system: You are a helpful assistant.
user:
Analyze the provided spectrum to determine if it is a **"Cataclysmic Variables (CV)"**.

- **Key Indicators for CV (Check for either state):**
    - **State 1: Quiescent / Low-State (Emission-Dominated)**
        - **(Primary):** Strong and *very broad* Hydrogen Balmer emission lines (e.g., $H\alpha$ at 6563 Å, $H\beta$ at 4861 Å). The 'broadness' (high velocity dispersion, often FWHM > 1000 km/s) is the key diagnostic, indicating a high-velocity accretion disk.
        - **(Secondary):** Broad neutral Helium (He I) emission lines (e.g., 5876 Å, 6678 Å).
        - **(Key Confirmation):** Presence of high-excitation *ionized* Helium (He II) emission at 4686 Å. This is a strong indicator of accretion onto a white dwarf.
        - **(Line Profile):** Emission lines may exhibit a 'double-peaked' profile, which is a classic signature of a rotating accretion disk viewed at high inclination.

    - **State 2: Outburst / High-State (Absorption-Dominated)**
        - **(Primary):** Spectrum is dominated by a bright, blue continuum (looks like a hot star).
        - **(Secondary):** The emission lines from State 1 are weak, absent, or 'filled in', and are replaced by broad, shallow *absorption* lines (primarily Balmer and He I).
        - **(Morphology):** The overall spectrum mimics a hot B/A-type star. The crucial difference is that the absorption lines are significantly broader, shallower, and more 'washed-out' (or 'smeared') than the sharp lines of a normal stellar photosphere, due to high rotational speeds and pressure broadening in the disk.

Think first, call **spectral_visualization_tool** if needed to examine features in detail, then provide your final answer. Your response must adhere to the following strict rules:
1.  **Overall Structure:** Your response must follow the format `<think>...</think> <tool_call>...</tool_call> (if a tool is used) <answer>...</answer>`.
2.  **Tool Usage Constraint:** You may only make **one** tool call per turn.
3.  **Final Answer Format:** In the `<answer>` tag, your conclusion must be inside a `\boxed{}` command (e.g., `\boxed{YES}`), followed by your justification.

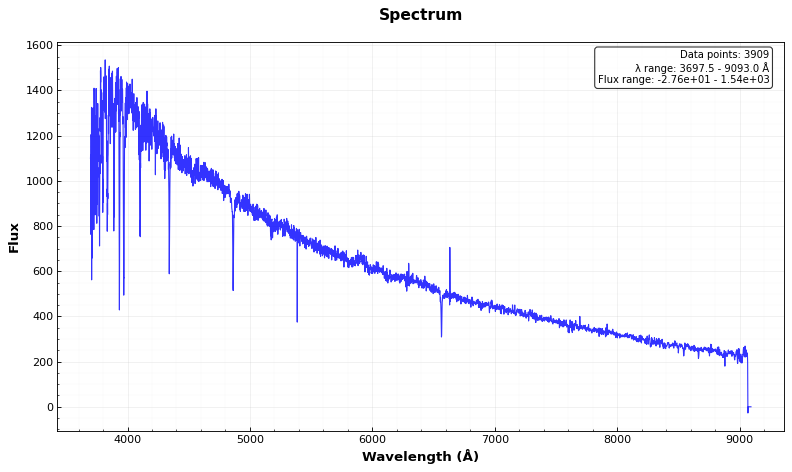
Answer: NO